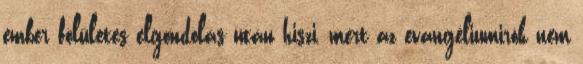
ember fölületes elgondolás után hiszi, mert az evangéliumirók nem